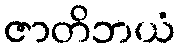
ဇာတိဘယံ